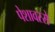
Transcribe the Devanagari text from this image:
पेशावरसे